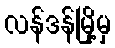
လန်ဒန်မြို့မှ